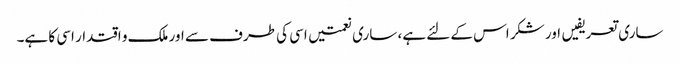
ساری تعریفیں اور شکر اس کے لئے ہے، ساری نعمتیں اسی کی طرف سے اور ملک و اقتدار اسی کا ہے۔